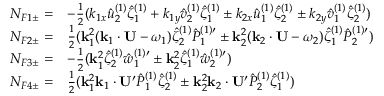
\begin{array} { r l } { N _ { F 1 \pm } = } & { - { \textstyle \frac 1 2 } ( k _ { 1 x } \hat { u } _ { 2 } ^ { ( 1 ) } \hat { \zeta } _ { 1 } ^ { ( 1 ) } + k _ { 1 y } \hat { v } _ { 2 } ^ { ( 1 ) } \hat { \zeta } _ { 1 } ^ { ( 1 ) } \pm k _ { 2 x } \hat { u } _ { 1 } ^ { ( 1 ) } \hat { \zeta } _ { 2 } ^ { ( 1 ) } \pm k _ { 2 y } \hat { v } _ { 1 } ^ { ( 1 ) } \hat { \zeta } _ { 2 } ^ { ( 1 ) } ) } \\ { N _ { F 2 \pm } = } & { { \textstyle \frac 1 2 } ( \mathbf { k } _ { 1 } ^ { 2 } ( \mathbf { k } _ { 1 } \cdot \mathbf { U } - \omega _ { 1 } ) \hat { \zeta } _ { 2 } ^ { ( 1 ) } { \hat { P } _ { 1 } ^ { ( 1 ) \prime } } \pm \mathbf { k } _ { 2 } ^ { 2 } ( \mathbf { k } _ { 2 } \cdot \mathbf { U } - \omega _ { 2 } ) \hat { \zeta } _ { 1 } ^ { ( 1 ) } { \hat { P } _ { 2 } ^ { ( 1 ) \prime } } ) } \\ { N _ { F 3 \pm } = } & { - { \textstyle \frac 1 2 } ( \mathbf { k } _ { 1 } ^ { 2 } \hat { \zeta } _ { 2 } ^ { ( 1 ) } { \hat { w } _ { 1 } ^ { ( 1 ) \prime } } \pm \mathbf { k } _ { 2 } ^ { 2 } \hat { \zeta } _ { 1 } ^ { ( 1 ) } { \hat { w } _ { 2 } ^ { ( 1 ) \prime } } ) } \\ { N _ { F 4 \pm } = } & { { \textstyle \frac 1 2 } ( \mathbf { k } _ { 1 } ^ { 2 } \mathbf { k } _ { 1 } \cdot \mathbf { U } ^ { \prime } \hat { P } _ { 1 } ^ { ( 1 ) } \hat { \zeta } _ { 2 } ^ { ( 1 ) } \pm \mathbf { k } _ { 2 } ^ { 2 } \mathbf { k } _ { 2 } \cdot \mathbf { U } ^ { \prime } \hat { P } _ { 2 } ^ { ( 1 ) } \hat { \zeta } _ { 1 } ^ { ( 1 ) } ) } \end{array}